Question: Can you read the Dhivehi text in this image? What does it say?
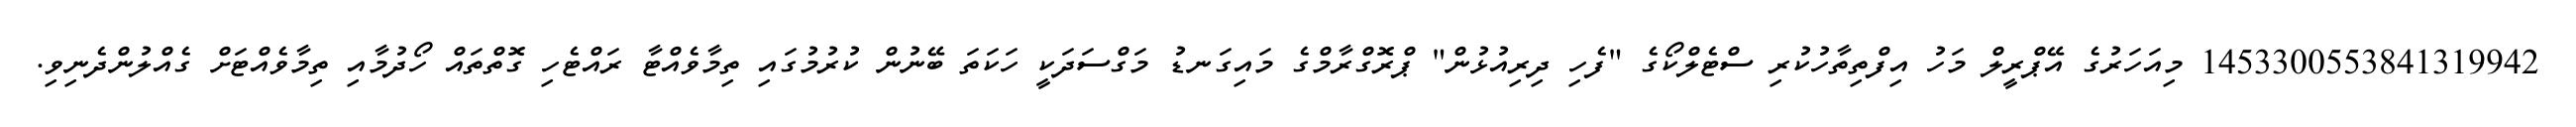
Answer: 1453300553841319942 މިއަހަރުގެ އޭޕްރީލް މަހު އިފްތިތާހުކުރި ސްޓެލްކޯގެ "ފެހި ދިރިއުޅުން" ޕްރޮގްރާމްގެ މައިގަނޑު މަގްސަދަކީ ހަކަތަ ބޭނުން ކުރުމުގައި ތިމާވެއްޓާ ރައްޓެހި ގޮތްތައް ހޯދުމާއި ތިމާވެއްޓަށް ގެއްލުންދެނިވި.